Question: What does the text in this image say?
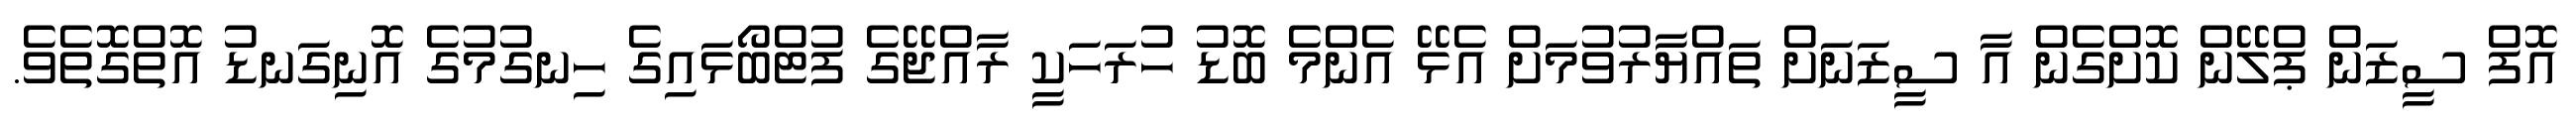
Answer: އޮފް ސީޒަން ޕްލޭން ކޮށްގެން އާ ސީޒަނަށް ތައްޔާރުވުމަށް އެޅޭ އެންމެ ބޮޑު ހުރަހަކީ ރާއްޖޭގެ ފުޓްބޯޅައިގެ ހިނގުމުގެ އޮނިގަނޑު އޮތްގޮތެވެ.